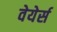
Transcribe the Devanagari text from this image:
वेयेर्स